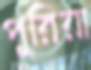
পুরিয়া